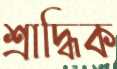
শ্রাদ্ধিক